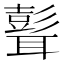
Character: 𦗭